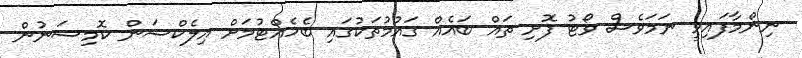
ނިންމާފައިވީ ނަމަވެސް ވޯޓު ފޮށި ތައް ބައެއް ގައުމުތަކުގައި ބެހެއްޓުމަށް އިލެކްޝަން ކޮމިޝަނުން